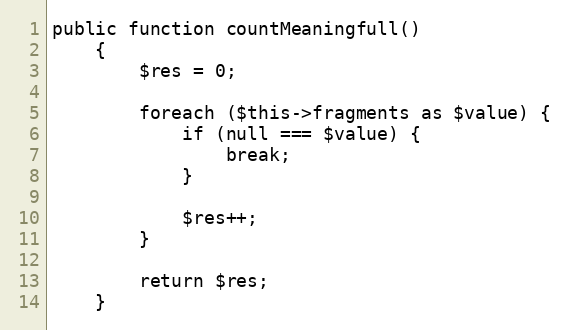
Language: PHP
public function countMeaningfull()
    {
        $res = 0;

        foreach ($this->fragments as $value) {
            if (null === $value) {
                break;
            }

            $res++;
        }

        return $res;
    }